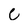
Character: e